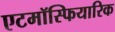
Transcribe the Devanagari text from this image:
एटमॉस्फियारिक